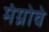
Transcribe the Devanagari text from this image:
मंग्रोवे